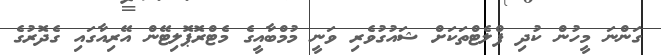
ގަންނަ މީހުން ކުދި ފްލެޓްތަކަށް ޝައުގުވެެރި ވަނީ މުމްބާއީގެ މެޓްރޮޕޮލިޓޭން އޭރިއާގައި ގެދޮރުގެ